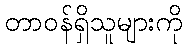
တာဝန်ရှိသူများကို